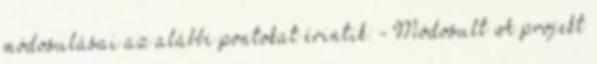
módosulásai az alábbi pontokat érintik: - Módosult A projekt